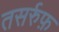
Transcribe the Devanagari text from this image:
तसर्रुफ़